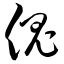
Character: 傀